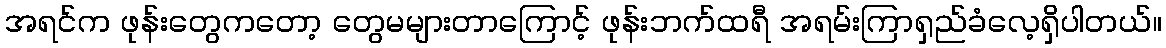
အရင်က ဖုန်းတွေကတော့ တွေမများတာကြောင့် ဖုန်းဘက်ထရီ အရမ်းကြာရှည်ခံလေ့ရှိပါတယ်။